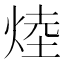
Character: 𪸷